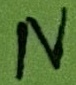
Text: N